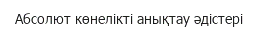
Абсолют көнелiктi анықтау әдістері